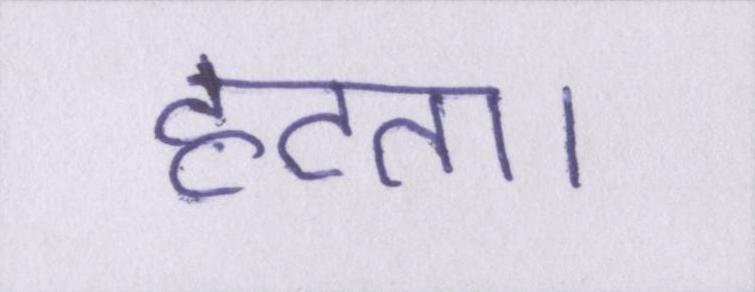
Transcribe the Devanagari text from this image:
हटता।